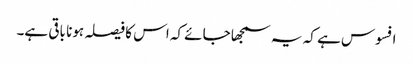
افسوس ہے کہ یہ سمجھا جائے کہ اس کا فیصلہ ہونا باقی ہے۔